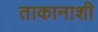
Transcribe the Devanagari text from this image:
ताकानाशी